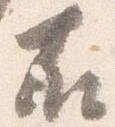
右